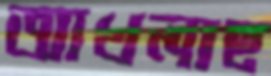
আখলাছ